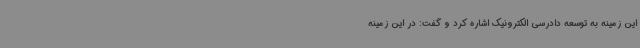
این زمینه به توسعه دادرسی الکترونیک اشاره کرد و گفت: در این زمینه